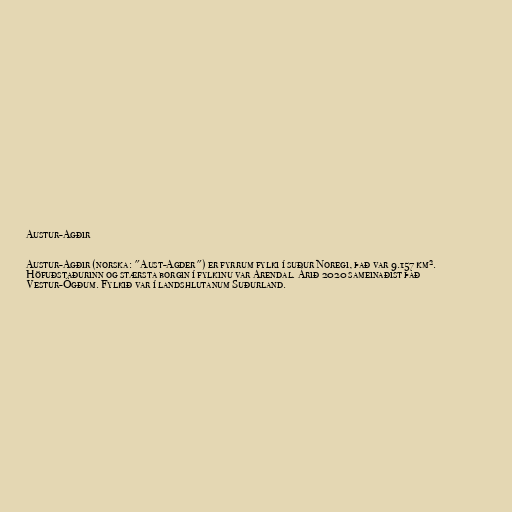
Austur-Agðir

Austur-Agðir (norska: "Aust-Agder") er fyrrum fylki í suður Noregi, það var 9.157 km².
Höfuðstaðurinn og stærsta borgin í fylkinu var Arendal. Árið 2020 sameinaðist það
Vestur-Ögðum. Fylkið var í landshlutanum Suðurland.